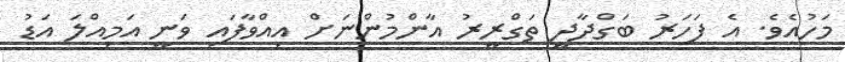
މަހުއެވެ. އެ ފަހަރު ބަގްދާދީ ތަގްރީރު އާންމުންނަށް އިއްވާފައި ވަނީ އަމިއްލަ އަޑު